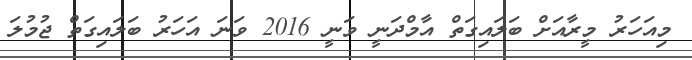
މިއަހަރު މީރާއަށް ބަލައިގަތް އާމްދަނީ ވަނީ 2016 ވަނަ އަހަރު ބަލައިގަތް ޖުމުލަ